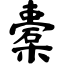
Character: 橐